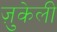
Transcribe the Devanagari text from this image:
ज़ुकेली